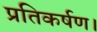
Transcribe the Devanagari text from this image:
प्रतिकर्षण।